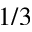
1 / 3